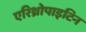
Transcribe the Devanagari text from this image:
एरिथ्रोपाइटिन